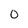
Character: 0